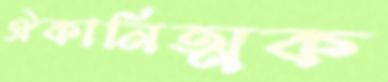
ঐকানিত্মক